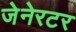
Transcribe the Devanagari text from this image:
जेनेरटर